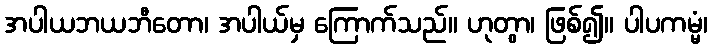
အပါယဘယဘီတော၊ အပါယ်မှ ကြောက်သည်။ ဟုတွာ၊ ဖြစ်၍။ ပါပကမ္မံ၊